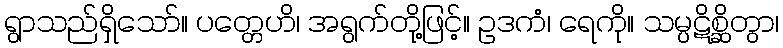
ရွာသည်ရှိသော်။ ပတ္တေဟိ၊ အရွက်တို့ဖြင့်။ ဥဒကံ၊ ရေကို။ သမ္ပဋိစ္ဆိတွာ၊